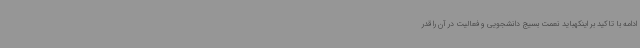
ادامه با تاکید بر اینکهباید نعمت بسیج دانشجویی و فعالیت در آن را قدر